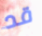
قد